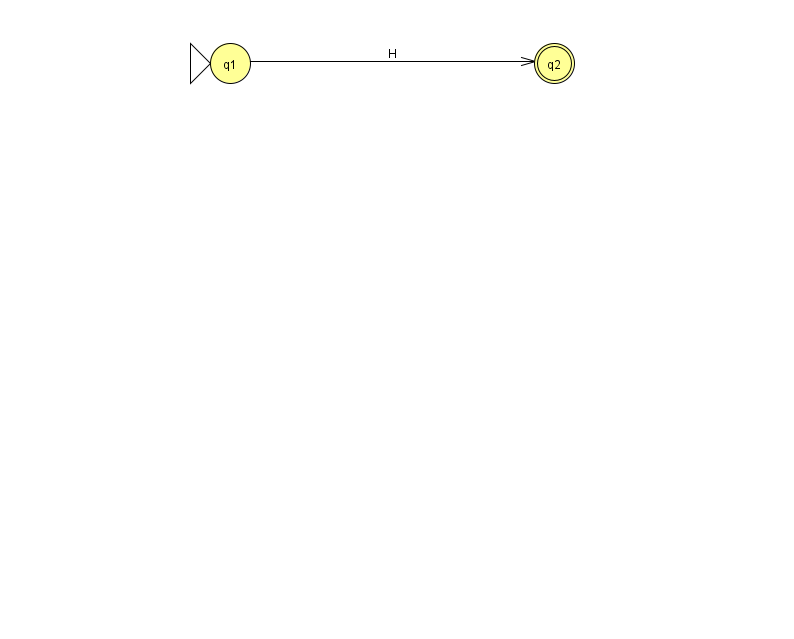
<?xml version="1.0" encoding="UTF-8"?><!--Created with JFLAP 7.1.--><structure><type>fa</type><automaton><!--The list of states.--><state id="1" name="q1"><x>230.0</x><y>50.0</y><initial/></state><state id="2" name="q2"><x>554.0</x><y>50.0</y><final/></state><!--The list of transitions.--><transition><from>1</from><to>2</to><read>H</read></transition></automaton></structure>